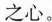
之心。